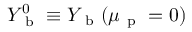
Y _ { \mathrm { ~ b ~ } } ^ { 0 } \equiv Y _ { \mathrm { ~ b ~ } } ( \mu _ { \mathrm { ~ p ~ } } = 0 )